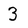
Character: 3